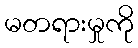
မတရားမှုကို